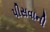
પીસવાની